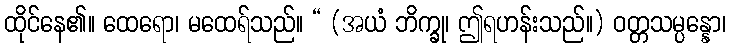
ထိုင်နေ၏။ ထေရော၊ မထေရ်သည်။ “ (အယံ ဘိက္ခု၊ ဤရဟန်းသည်။) ဝတ္တသမ္ပန္နော၊